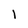
Character: 1